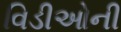
વિડીઓની